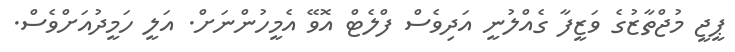
ޕީޖީ މުޖްތާޒުގެ ވަޒީފާ ގެއްލުނީ އަދިވެސް ފްލެޓް އޮވޭ އެމީހުންނަށް. އަލީ ހަމީދުއަށްވެސް.